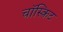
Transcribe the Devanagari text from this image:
चॉस्किट